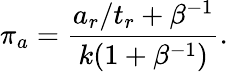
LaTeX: \pi_{a}=\frac{a_{r}/t_{r}+\beta^{-1}}{k(1+\beta^{-1})}.